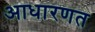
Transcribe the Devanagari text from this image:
आधारणत